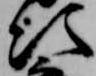
次